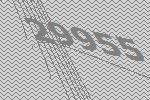
29955